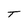
Character: T